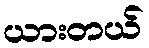
ယားတယ်